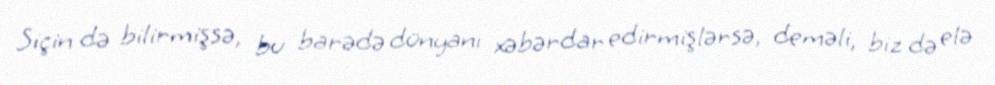
Siçin də bilirmişsə, bu barədə dünyanı xəbərdar edirmişlərsə, deməli, biz də elə